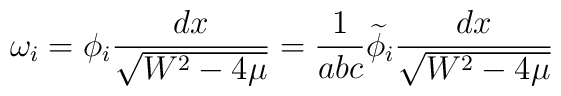
\omega_{i}=\phi_{i}\frac{dx}{\sqrt{W^{2}-4\mu}}=\frac{1}{abc}\widetilde{\phi}_{i}\frac{dx}{\sqrt{W^{2}-4\mu}}